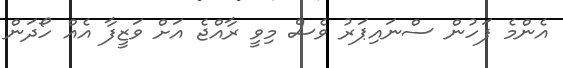
އެންމެ ފަހުން ސްނައިޕަރު ވެސް މިވީ ރާއްޖެ އަށް ވަޒީފާ އެއް ހޯދަން